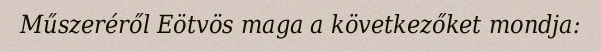
Műszeréről Eötvös maga a következőket mondja: